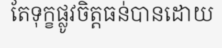
តែទុក្ខផ្លូវចិត្តធន់បានដោយ